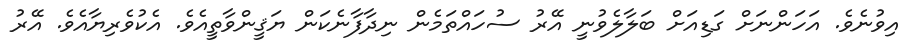
އިވުނެވެ. އަހަންނަށް ގަޑިއަށް ބަލާލެވުނީ އޭރު ސުހައްތަމެން ނިދާފާނެކަން ޔަޤީންވާތީއެވެ. އެކުވެރިޔާއެވެ. އޭރު